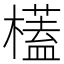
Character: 㯼